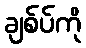
ချစ်ပ်ကို